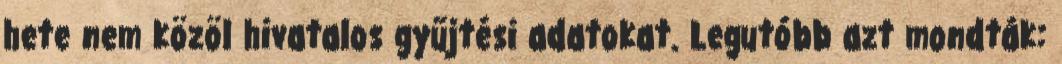
hete nem közöl hivatalos gyűjtési adatokat. Legutóbb azt mondták: